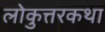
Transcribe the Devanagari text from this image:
लोकुत्तरकथा